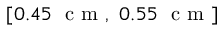
[ 0 . 4 5 ~ \mathrm { ~ c ~ m ~ } , ~ 0 . 5 5 ~ \mathrm { ~ c ~ m ~ } ]